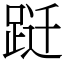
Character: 跹